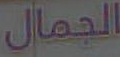
الجمال